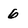
Character: 6